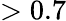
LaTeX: >0.7